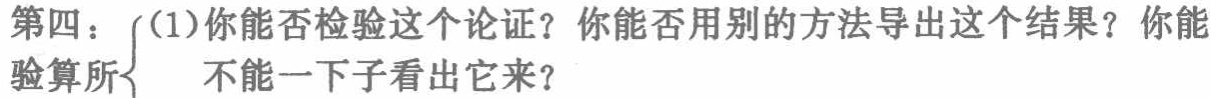
第四：(1)你能否检验这个论证？你能否用别的方法导出这个结果？你能验算所 不能一下子看出它来？